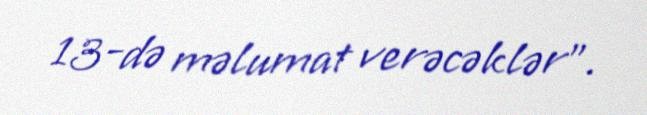
13-də məlumat verəcəklər”.